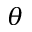
\theta